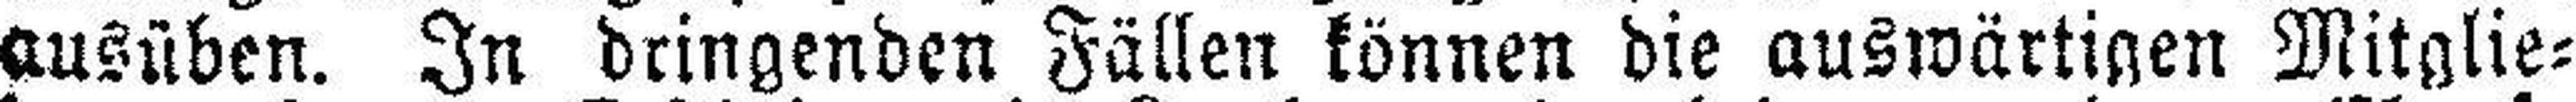
ausüben. In dringenden Fällen können die auswärtigen Mitglie¬